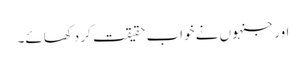
اور جنہوں نے خواب حقیقت کر دکھائے۔